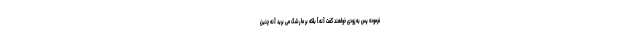
فرموده پس به زودى خواهند گفت [نه] بلكه بر ما رشگ مى بريد [نه چنين